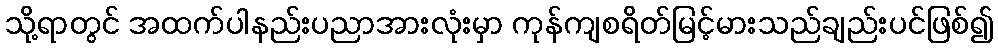
သို့ရာတွင် အထက်ပါနည်းပညာအားလုံးမှာ ကုန်ကျစရိတ်မြင့်မားသည်ချည်းပင်ဖြစ်၍